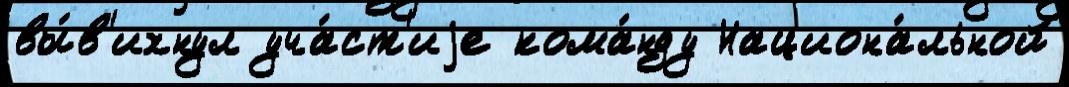
вы́в'ихнул уча́ст'иjе кома́нду Национа́льной